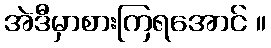
အဲဒီမှာစားကြရအောင် ။